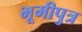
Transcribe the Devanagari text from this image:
भूमीपुत्र